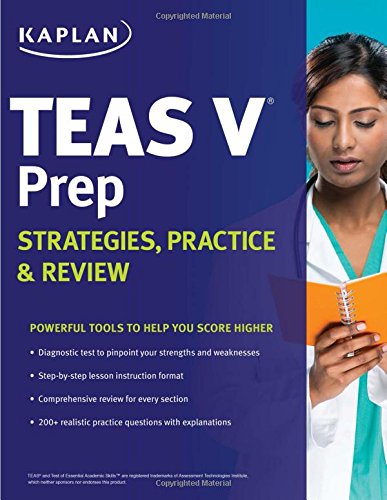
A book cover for Kaplan TEAS V Prep: Strategies, Practice & Review; Kaplan; Test Preparation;